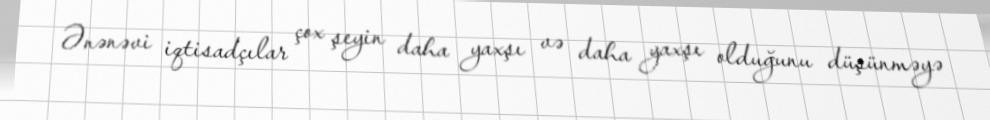
Ənənəvi iqtisadçılar çox şeyin daha yaxşı və daha yaxşı olduğunu düşünməyə